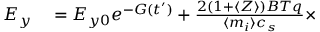
\begin{array} { r l } { E _ { y } } & { { } = E _ { y 0 } e ^ { - G ( t ^ { \prime } ) } + \frac { 2 ( 1 + \langle Z \rangle ) B T q } { \langle m _ { i } \rangle c _ { s } } \times } \end{array}